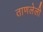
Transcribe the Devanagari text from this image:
ताणलेली